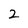
Character: 2